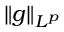
\| g \| _ { L ^ { p } }